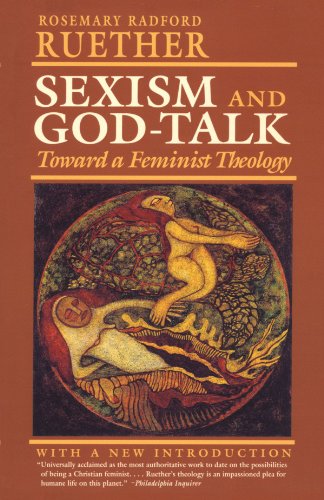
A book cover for Sexism and God Talk: Toward a Feminist Theology; Rosemary R. Ruether; Religion & Spirituality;